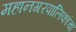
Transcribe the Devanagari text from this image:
महानगरपालिकांचा